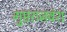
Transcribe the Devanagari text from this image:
गुप्तराजवंश